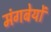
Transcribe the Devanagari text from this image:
मंगबेयों